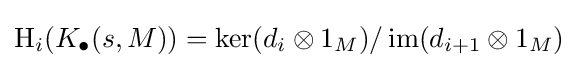
\operatorname {H} _{i}(K_{\bullet }(s,M))=\operatorname {ker} (d_{i}\otimes 1_{M})/\operatorname {im} (d_{i+1}\otimes 1_{M})